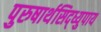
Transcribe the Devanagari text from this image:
पुरुषार्थसिद्ध्युपाय